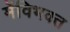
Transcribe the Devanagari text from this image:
मेंविभक्त